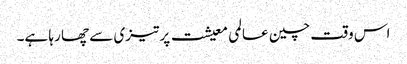
اس وقت چین عالمی معیشت پر تیزی سے چھا رہا ہے۔